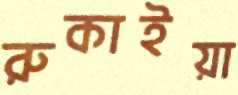
রুকাইয়া